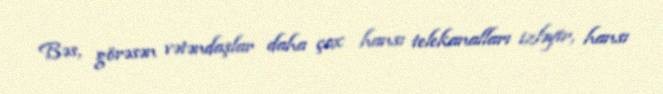
Bəs, görəsən vətəndaşlar daha çox hansı telekanalları izləyir, hansı